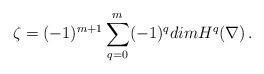
LaTeX: \begin{align*}\zeta=(-1)^{m+1}\sum_{q=0}^m(-1)^qdimH^q(\nabla)\,. \end{align*}